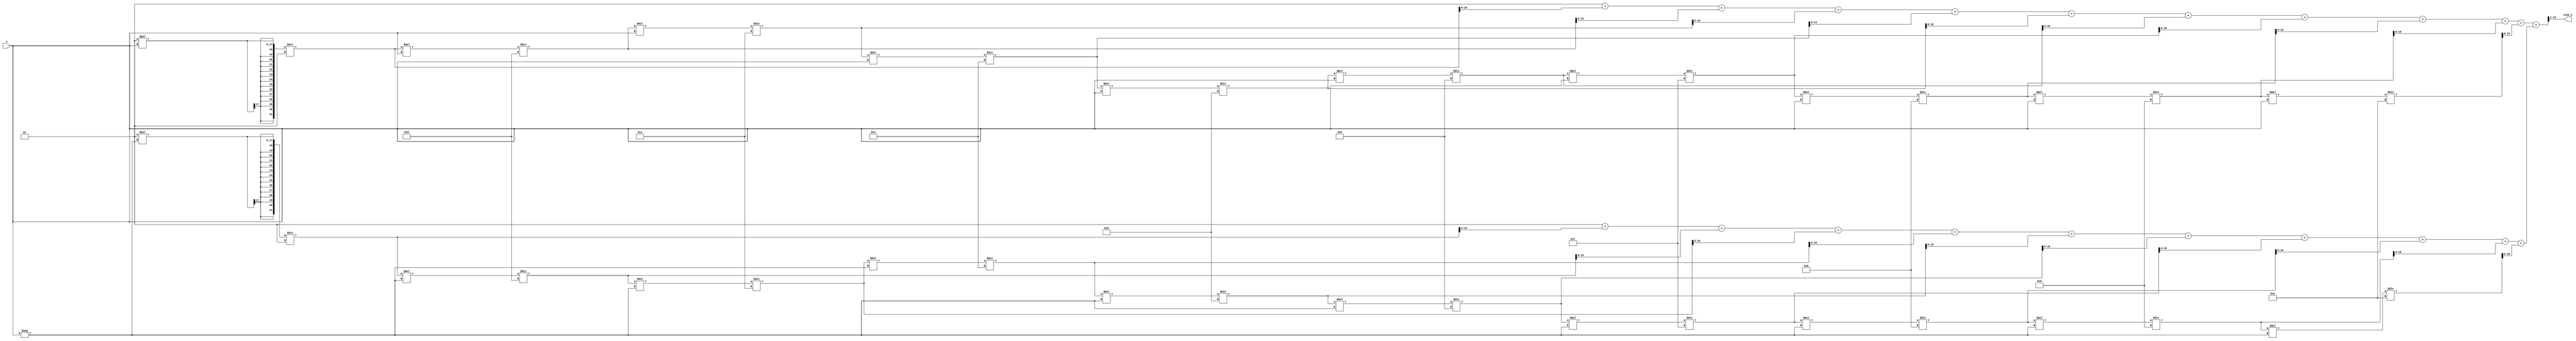
module hyperbolic_cosh (
    input wire signed [15:0] x,       // Input x (fixed-point representation)
    output reg signed [15:0] cosh_x    // Output cosh(x)
);

    // Internal signals for e^x and e^-x
    reg signed [31:0] exp_x;           // e^x
    reg signed [31:0] exp_neg_x;       // e^-x
    reg signed [31:0] sum_exp;         // e^x + e^-x

    // Function to calculate e^x using Taylor series expansion
    function signed [31:0] exp_taylor;
        input signed [15:0] x;
        integer i;
        reg signed [31:0] term;
        reg signed [31:0] result;
        begin
            result = 32'h00000001; // e^0 = 1
            term = 32'h00000001;   // First term (x^0 / 0!)
            for (i = 1; i <= 10; i = i + 1) begin // 10 terms for approximation
                term = (term * x) / i; // Calculate x^i / i!
                result = result + term; // Add to result
            end
            exp_taylor = result;
        end
    endfunction

    // Always block to compute cosh(x)
    always @(*) begin
        // Calculate e^x and e^-x
        exp_x = exp_taylor(x);
        exp_neg_x = exp_taylor(-x);
        
        // Calculate e^x + e^-x
        sum_exp = exp_x + exp_neg_x;
        
        // Calculate cosh(x) = (e^x + e^-x) / 2
        cosh_x = sum_exp >> 1; // Right shift by 1 to divide by 2
    end

endmodule